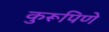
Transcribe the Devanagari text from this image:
कुरूपिणे